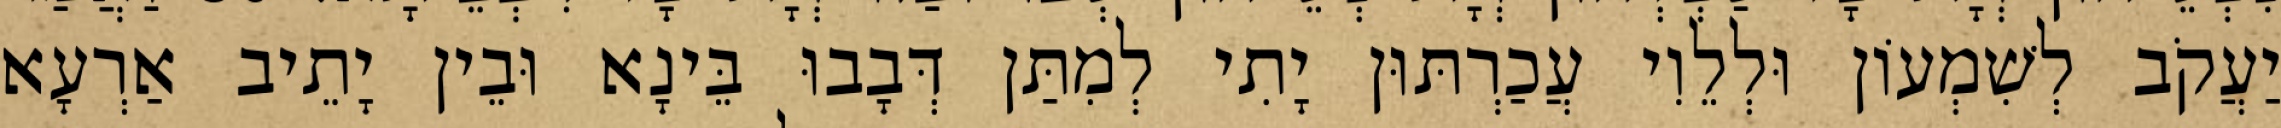
יַעֲקֹב לְשִׁמְעוֹן וּלְלֵוִי עֲכַרְתּוּן יָתִי לְמִתַּן דְּבָבוּ בֵּינָא וּבֵין יָתֵיב אַרְעָא